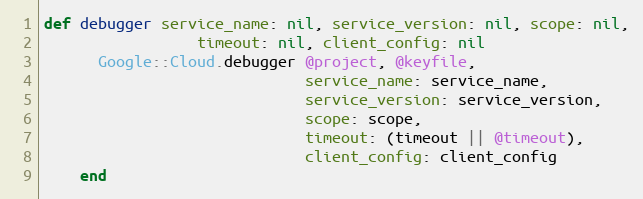
Language: Ruby
def debugger service_name: nil, service_version: nil, scope: nil,
                 timeout: nil, client_config: nil
      Google::Cloud.debugger @project, @keyfile,
                             service_name: service_name,
                             service_version: service_version,
                             scope: scope,
                             timeout: (timeout || @timeout),
                             client_config: client_config
    end